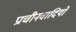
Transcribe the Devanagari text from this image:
प्राचीनवादियों